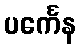
ပင်္ကေန